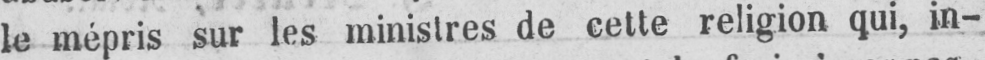
le mépris sur les ministres de cette religion qui, in-